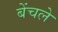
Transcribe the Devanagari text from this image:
बेंचले